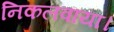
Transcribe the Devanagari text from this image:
निकलवाया।